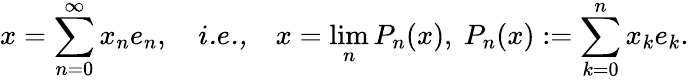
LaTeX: x=\sum_{n=0}^{\infty}x_{n}e_{n},\quad{\textit{i.e.,}}\quad x=\operatorname*{lim}_{n}P_{n}(x),\ P_{n}(x):=\sum_{k=0}^{n}x_{k}e_{k}.